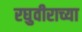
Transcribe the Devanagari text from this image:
रघुवीराच्या